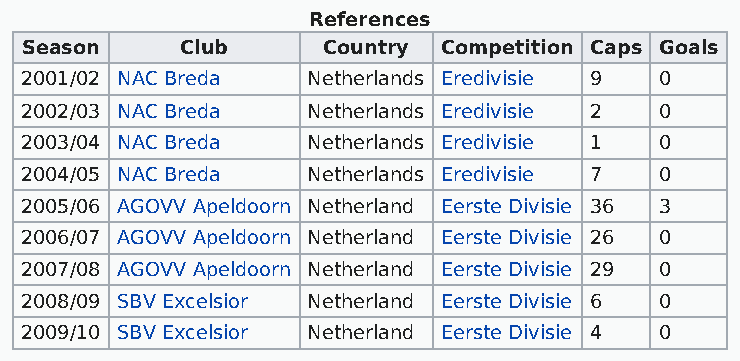
References
 Season     Club     Country Competition Caps Goals
 2001/02 NAC Breda  Netherlands Eredivisie 9 0
 2002/03 NAC Breda  Netherlands Eredivisie 2 0
 2003/04 NAC Breda  Netherlands Eredivisie 1 0
 2004/05 NAC Breda  Netherlands Eredivisie 7 0
 2005/06 AGOVV Apeldoorn Netherland Eerste Divisie 36 3
 2006/07 AGOVV Apeldoorn Netherland Eerste Divisie 26 0
 2007/08 AGOVV Apeldoorn Netherland Eerste Divisie 29 0
 2008/09 SBV Excelsior Netherland Eerste Divisie 6 0
 2009/10 SBV Excelsior Netherland Eerste Divisie 4 0